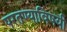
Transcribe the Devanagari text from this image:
परतण्याविषयी